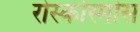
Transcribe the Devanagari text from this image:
रोस्कोस्मोस